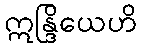
ဣန္ဒြိယေဟိ